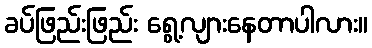
ခပ်ဖြည်းဖြည်း ရွေ့လျားနေတာပါလား။